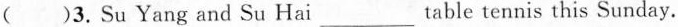
( )3. Su Yang and Su Hai ___ table tennis this Sunday.